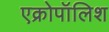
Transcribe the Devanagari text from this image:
एक्रोपॉलिश